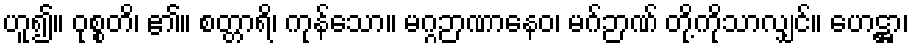
ဟူ၍။ ဝုစ္စတိ၊ ၏။ စတ္တာရိ၊ ကုန်သော။ မဂ္ဂဉာဏာနေဝ၊ မဂ်ဉာဏ် တို့ကိုသာလျှင်။ ဟေဋ္ဌာ၊